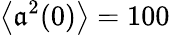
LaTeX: \left\langle\mathfrak{a}^{2}(0)\right\rangle=100